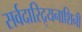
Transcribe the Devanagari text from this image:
सर्वदारिद्र्यनाशिनी